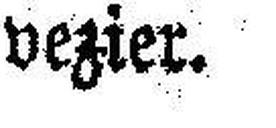
vezier.